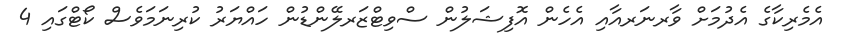
އެމެރިކާގެ އެދުމަށް ވާރނަރއާއި އެހެން އޮފިޝަލުން ސްވިޓްޒަރލޭންޑުން ހައްޔަރު ކުރިނަމަވެސް ކޯޓްގައި 4